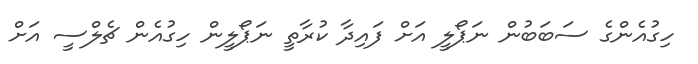
ހިގުއެންގެ ސަބަބުން ނަޕޯލީ އަށް ފައިދާ ކުރާތީ ނަޕޯލީން ހިގުއެން ޗެލްސީ އަށް